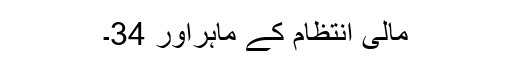
مالی انتظام کے ماہراور 34۔